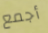
أجمع